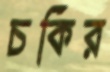
চকির